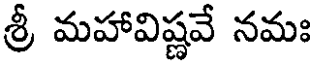
శ్రీ మహావిష్ణవే నమః